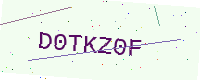
Text: D0TKZ0F